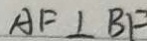
A F \bot B F